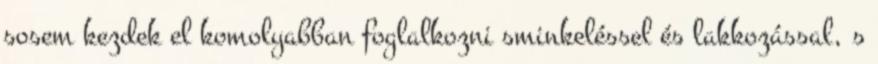
sosem kezdek el komolyabban foglalkozni sminkeléssel és lakkozással, s